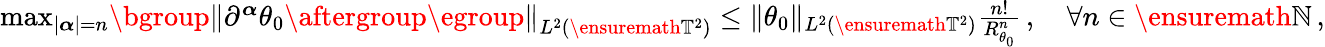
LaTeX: \begin{array}{r}{\operatorname*{max}_{|{\boldsymbol{\alpha}}|=n}\mathopen{}\mathclose\bgroup\left\| \partial^{\boldsymbol{\alpha}}\theta_{0}\aftergroup\egroup\right\| _{L^{2}(\ensuremath{\mathbb{T}}^{2})}\leq\| \theta_{0}\| _{L^{2}(\ensuremath{\mathbb{T}}^{2})}\frac{n!}{R_{\theta_{0}}^{n}}\, ,\quad\forall n\in\ensuremath{\mathbb{N}}\, ,}\end{array}